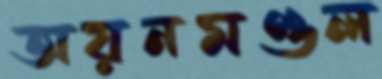
অয়নমণ্ডল